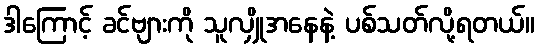
ဒါကြောင့် ခင်ဗျားကို သူလျှိုအနေနဲ့ ပစ်သတ်လို့ရတယ်။